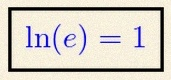
\ln(e)=1